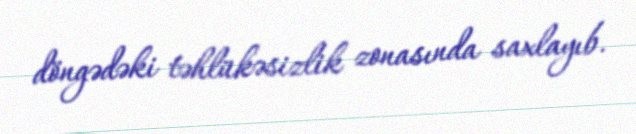
döngədəki təhlükəsizlik zonasında saxlayıb.